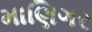
માણિગર